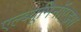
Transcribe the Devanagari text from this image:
एल्ब्यूमिनॉएड्स